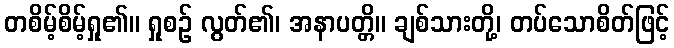
တစိမ့်စိမ့်ရှု၏။ ရှုစဉ် လွတ်၏၊ အနာပတ္တိ။ ချစ်သားတို့၊ တပ်သောစိတ်ဖြင့်